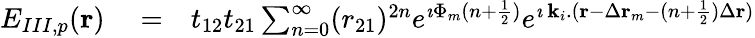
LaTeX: \begin{array}{rlr}{E_{III,p}({\mathbf r})}&{{}=}&{t_{12}t_{21}\sum_{n=0}^{\infty}(r_{21})^{2n}e^{\imath\Phi_{m}(n+\frac{1}{2})}e^{\imath\, {\mathbf k_{i}}.({\mathbf r}-\Delta{\mathbf r}_{m}-(n+\frac{1}{2})\Delta{\mathbf r})}}\end{array}